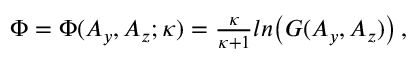
\begin{array} { r } { \Phi = \Phi ( A _ { y } , A _ { z } ; \kappa ) = \frac { \kappa } { \kappa + 1 } l n \big ( G ( A _ { y } , A _ { z } ) \big ) \, , } \end{array}